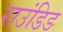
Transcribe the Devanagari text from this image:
राउंडिड